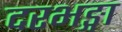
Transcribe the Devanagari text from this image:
दरभङ्गा